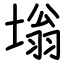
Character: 塕